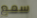
سمع